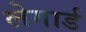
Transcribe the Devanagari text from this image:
लेगार्ड